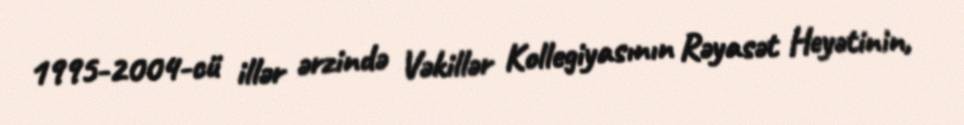
1995-2004-cü illər ərzində Vəkillər Kollegiyasının Rəyasət Heyətinin,